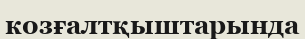
козғалтқыштарында